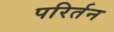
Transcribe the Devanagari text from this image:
परिर्तन